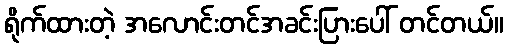
ရိုက်ထားတဲ့ အလောင်းတင်အခင်းပြားပေါ် တင်တယ်။